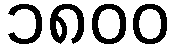
၁၈၀၀